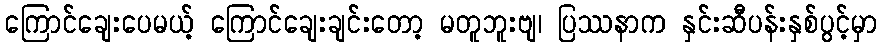
ကြောင်ချေးပေမယ့် ကြောင်ချေးချင်းတော့ မတူဘူးဗျ၊ ပြဿနာက နှင်းဆီပန်းနှစ်ပွင့်မှာ